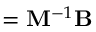
{ \bf \Phi } = { \bf M } ^ { - 1 } { \bf B }